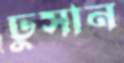
ঢুসান